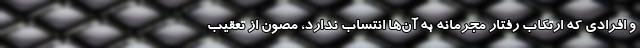
و افرادی که ارتکاب رفتار مجرمانه به آن‌ها انتساب ندارد، مصون از تعقیب